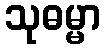
သုဓမ္မာ